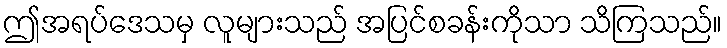
ဤအရပ်ဒေသမှ လူများသည် အပြင်စခန်းကိုသာ သိကြသည်။